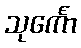
သုင်္ကော